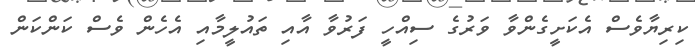
ކިރިޔާވެސް އެކަށީގެންވާ ވަރުގެ ސިއްހީ ފަރުވާ އާއި ތައުލީމާއި އެހެން ވެސް ކަންކަން